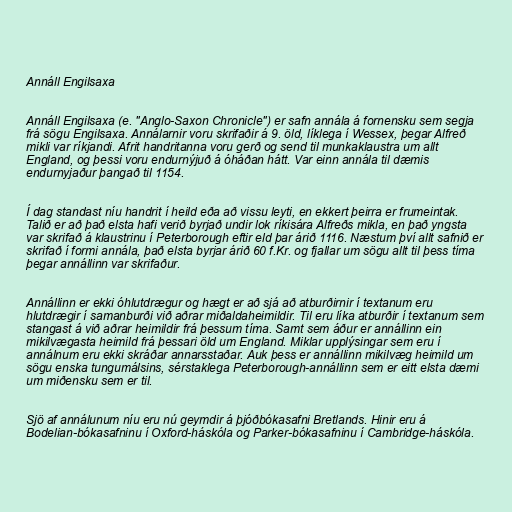
Annáll Engilsaxa

Annáll Engilsaxa (e. "Anglo-Saxon Chronicle") er safn annála á fornensku sem segja
frá sögu Engilsaxa. Annálarnir voru skrifaðir á 9. öld, líklega í Wessex, þegar Alfreð
mikli var ríkjandi. Afrit handritanna voru gerð og send til munkaklaustra um allt
England, og þessi voru endurnýjuð á óháðan hátt. Var einn annála til dæmis
endurnyjaður þangað til 1154.

Í dag standast níu handrit í heild eða að vissu leyti, en ekkert þeirra er frumeintak.
Talið er að það elsta hafi verið byrjað undir lok ríkisára Alfreðs mikla, en það yngsta
var skrifað á klaustrinu í Peterborough eftir eld þar árið 1116. Næstum því allt safnið er
skrifað í formi annála, það elsta byrjar árið 60 f.Kr. og fjallar um sögu allt til þess tíma
þegar annállinn var skrifaður.

Annállinn er ekki óhlutdrægur og hægt er að sjá að atburðirnir í textanum eru
hlutdrægir í samanburði við aðrar miðaldaheimildir. Til eru líka atburðir í textanum sem
stangast á við aðrar heimildir frá þessum tíma. Samt sem áður er annállinn ein
mikilvægasta heimild frá þessari öld um England. Miklar upplýsingar sem eru í
annálnum eru ekki skráðar annarsstaðar. Auk þess er annállinn mikilvæg heimild um
sögu enska tungumálsins, sérstaklega Peterborough-annállinn sem er eitt elsta dæmi
um miðensku sem er til.

Sjö af annálunum níu eru nú geymdir á þjóðbókasafni Bretlands. Hinir eru á
Bodelian-bókasafninu í Oxford-háskóla og Parker-bókasafninu í Cambridge-háskóla.